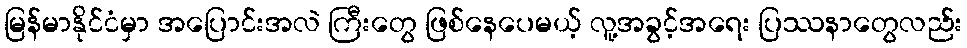
မြန်မာနိုင်ငံမှာ အပြောင်းအလဲ ကြီးတွေ ဖြစ်နေပေမယ့် လူ့အခွင့်အရေး ပြဿနာတွေလည်း